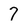
Character: 7